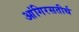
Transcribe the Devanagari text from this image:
आंगिरसतीर्थ